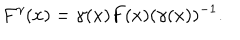
LaTeX: F ^ { \gamma } ( x ) = \gamma ( x ) F ( x ) ( \gamma ( x ) ) ^ { - 1 } .